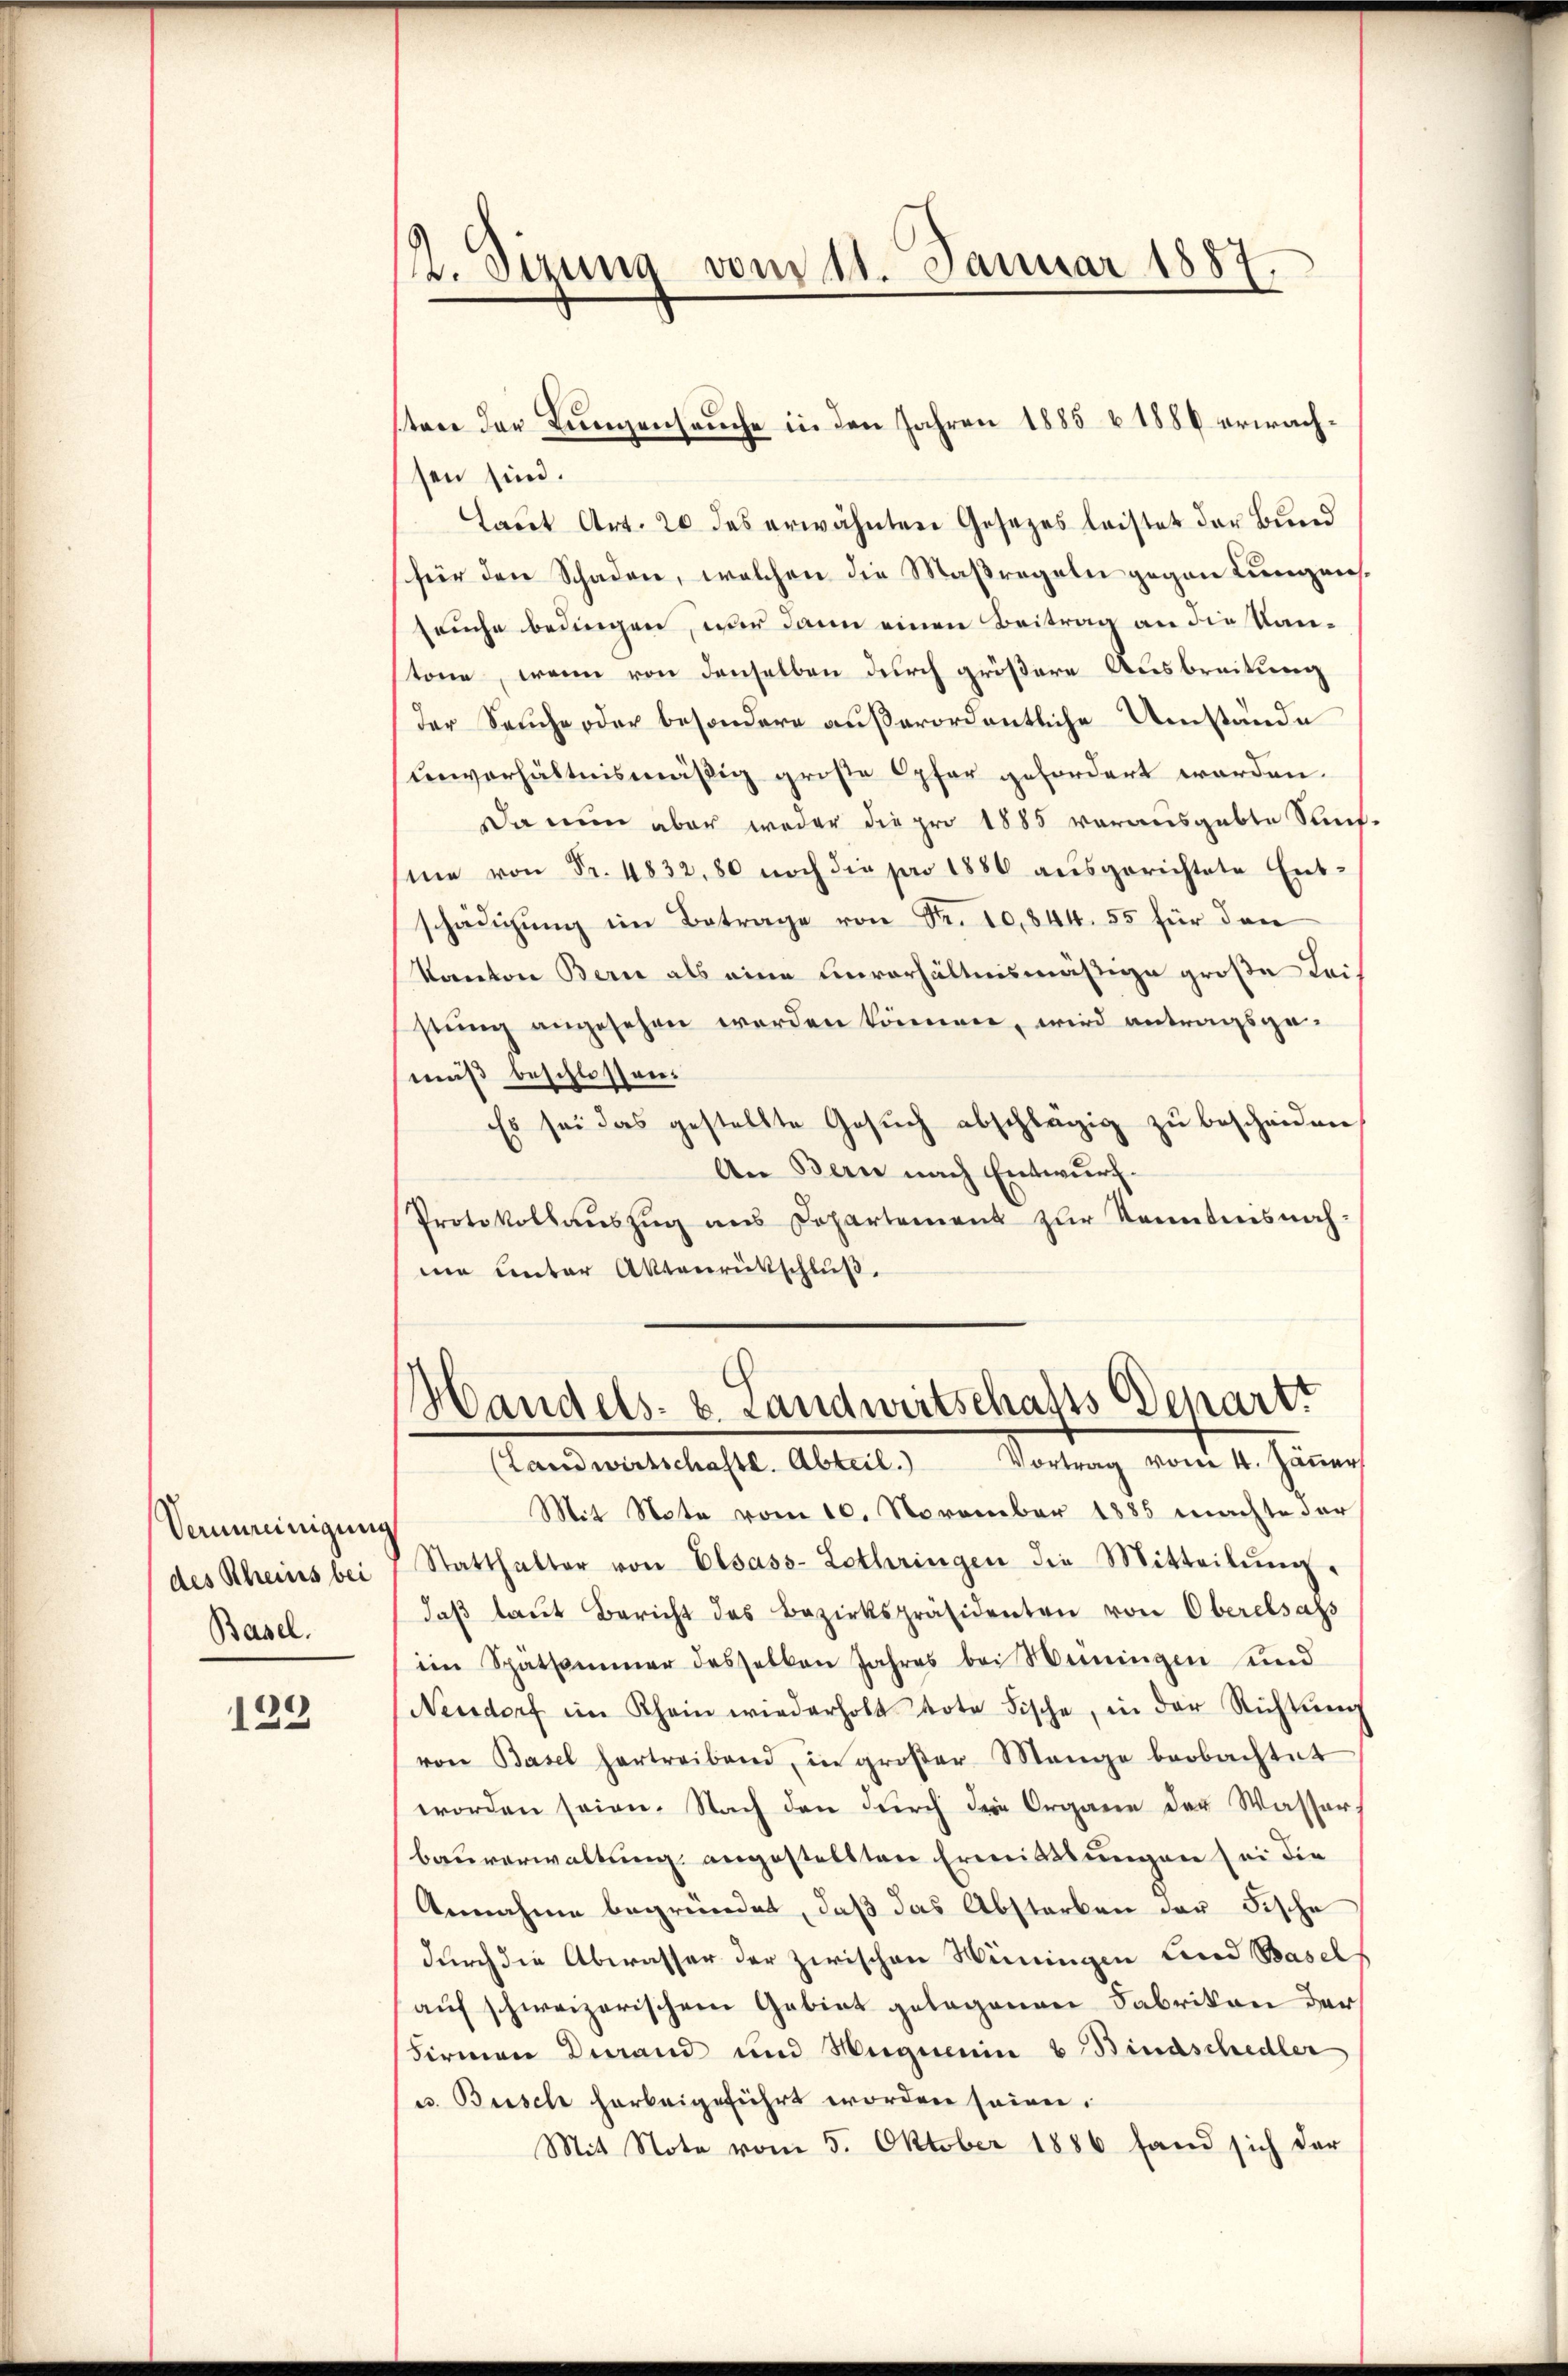
Verunreinigung
des Rheins bei
Basel.

129

2. Sirung vom 11. Januar 1887.

sen sind.
Laŭt Art. 20 des erwähnten Gesezes leistet der Bund
für den Schaden, welchen die Maßregeln gegen Lungensseuche bedingen, wer dann einen Beitrag an die Kantone, wenn von denselben durch größere Ausbreitung
der Seuche oder besondere außerordentliche Umstände
unverhältnismäßig große Opfer gefordert worden.
Da nun aber weder die pro 1885 vorausgabte Senfme von Fr. 4832,80 noch die pro 1880 ausgerichtete Entschädigŭng im Betrage von Fr. 10,844. 55 für den
Kanton Bern als eine unverhältnismäßige große Leistung angesehen werden können, wird antragsgemuß beschlossen:
Es sei das gestellte Gesŭch abschlägig zŭ bescheiden.
An Bern nach Entwurf.
Protokollauszug aus Departement zur Kenntnisnahne Unter Aktenrückschluß.
Handels- u. Landweitschafts Benartt
(Landwirtschaftl. Abteil. Vortrag vom 4. Jäṅer
Mit Note vom 10. November 1885 machte der
Statthalter von Elsass-Lothringen die Mitteilŭng
daβ laŭt Bericht des Bezirkspräsidenten von Oberelsass
im Spätsammer desselben Jahres bei Weiningen und
Neudorf im Rhein wiederholt dote Fische, in der Richtŭng
von Basel hartreibend, in großer Mange beobachtet
worden seien. Nach den durch die Organe der Wasser
bauverwaltung angestellten Ermittlungen sei die
Annahme begründet, daß das Abstarben der Fische
durch die Abwasser der zwischen Wüningen Land Basels
auf schweizerischem Gebiet gelegenen Fabrikon der
Firmen Diand und Hegnerin b Bindschedler
u. Bisch harbeigeführt worden seien.
Mit Note vom 5. Oktober 1886 fand sich der

tone der Lungenseuche in den Jahren 1885 & 1886 erwach¬